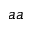
a a